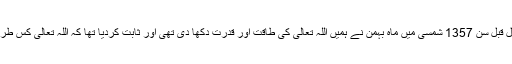
صدر روحانی نے کہا کہ 41 سال قبل سن 1357 شمسی میں ماہ بہمن نے ہمیں اللہ تعالی کی طاقت اور قدرت دکھا دی تھی اور ثابت کردیا تھا کہ اللہ تعالی کس طرح اپنے حامیوں کی مدد کرتا ہے۔